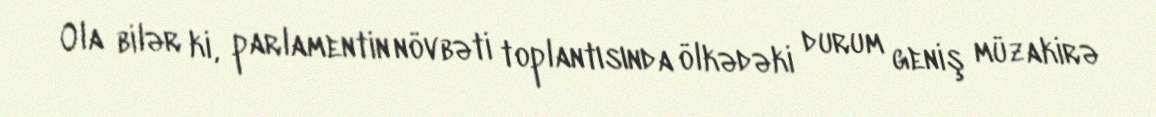
Ola bilər ki, parlamentin növbəti toplantısında ölkədəki durum geniş müzakirə